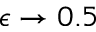
\epsilon \rightarrow 0 . 5